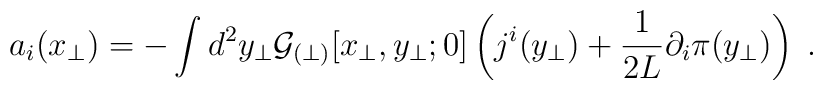
a_i(x_\perp) = - \int d^2y_\perp {\cal G}_{(\perp)}[x_\perp,y_\perp; 0] \left (j^i(y_\perp) + \frac{1}{2L}\partial_i\pi(y_\perp)\right)\;.